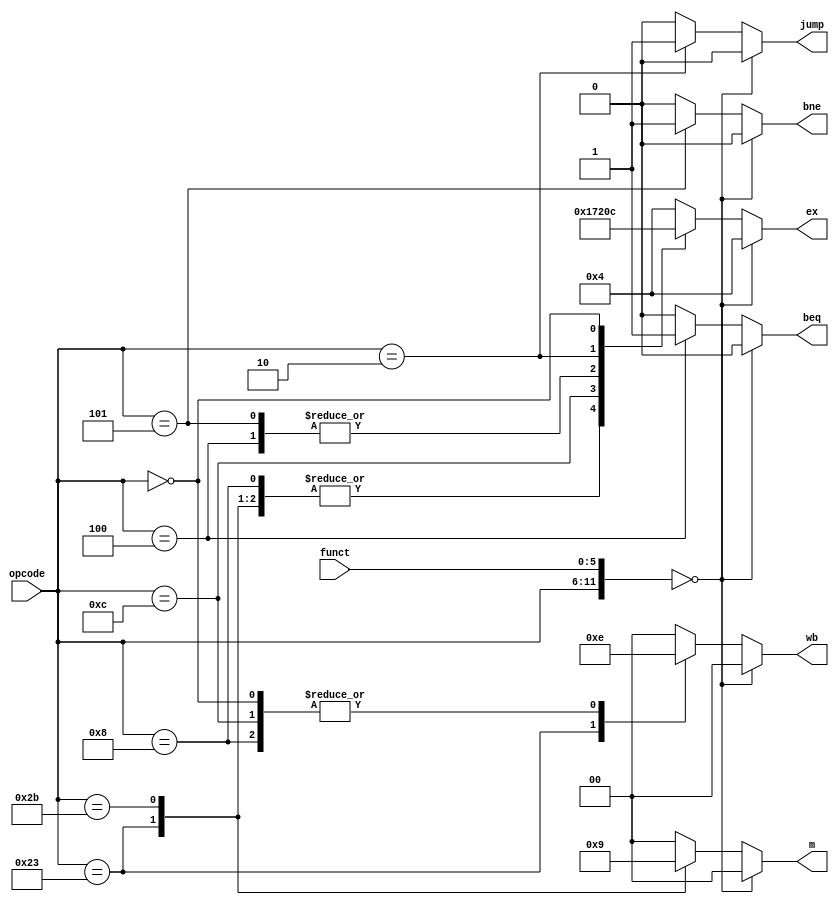
`timescale 1ns / 1ps
//////////////////////////////////////////////////////////////////////////////////
// 
// Design Name: control 
// Module Name: control
// Project Name: project 2
// Target Devices: FPGA board
// Description: Outputs the control signal for the following blocks. 
//              wb[1]:RegWrite wb[0]:MemtoReg
//              m[1]:MemRead m[0]:MemWrite
//              ex[3]:RegDst ex[2:1]:ALUop ex[0]:ALUSrc
// Dependencies: opcode

//////////////////////////////////////////////////////////////////////////////////


module control(opcode,wb,m,ex,jump,beq,bne,funct);
input [5:0] opcode,funct;
output jump,beq,bne;
output [1:0] wb,m;
output [3:0] ex;

reg jump,beq,bne;
reg [1:0] wb,m;
reg [3:0] ex;

initial begin 
wb=2'b00;m=2'b00;ex=4'b0100;jump=0;beq=0;bne=0;
end

always @(opcode,funct)begin 
   case (opcode)
      6'b100011:begin wb=2'b11;m=2'b10;ex=4'b0001;jump=0;beq=0;bne=0; end
      6'b101011:begin wb=2'b00;m=2'b01;ex=4'b0001;jump=0;beq=0;bne=0; end
      6'b001000:begin wb=2'b10;m=2'b00;ex=4'b0001;jump=0;beq=0;bne=0; end
      6'b001100:begin wb=2'b10;m=2'b00;ex=4'b0111;jump=0;beq=0;bne=0; end
      6'b000100:begin wb=2'b00;m=2'b00;ex=4'b0010;jump=0;beq=1;bne=0; end
      6'b000101:begin wb=2'b00;m=2'b00;ex=4'b0010;jump=0;beq=0;bne=1; end
      6'b000010:begin wb=2'b00;m=2'b00;ex=4'b0000;jump=1;beq=0;bne=0; end
      6'b000000:begin wb=2'b10;m=2'b00;ex=4'b1100;jump=0;beq=0;bne=0; end
      default: begin wb=2'b00;m=2'b00;ex=4'b0100;jump=0;beq=0;bne=0;end
   endcase
   if ({opcode,funct}==12'b0)
      begin wb=2'b00;m=2'b00;ex=4'b0100;jump=0;beq=0;bne=0;end
end
endmodule